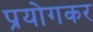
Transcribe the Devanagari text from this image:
प्रयोगकर